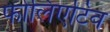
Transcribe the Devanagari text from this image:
फोलिएटिव